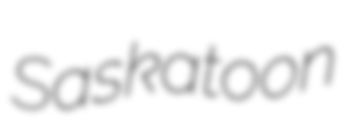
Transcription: Saskatoon